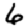
Digit: 6